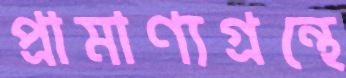
প্রামাণ্যগ্রন্থে